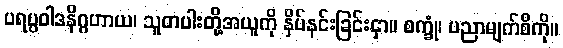
ပရပ္ပဝါဒနိဂ္ဂဟာယ၊ သူတပါးတို့အယူကို နှိပ်နင်းခြင်းငှာ။ စက္ခုံ၊ ပညာမျက်စိကို။